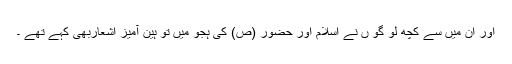
اور ان میں سے کچھ لو گو ں نے اسلام اور حضور (ص) کی ہجو میں تو ہین آمیز اشعاربھی کہے تھے ۔